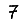
Digit: 7